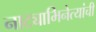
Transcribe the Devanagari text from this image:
नाट्याभिनेत्यांची